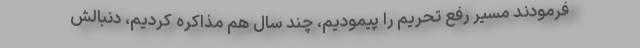
فرمودند مسیر رفع تحریم را پیمودیم، چند سال هم مذاکره کردیم، دنبالش